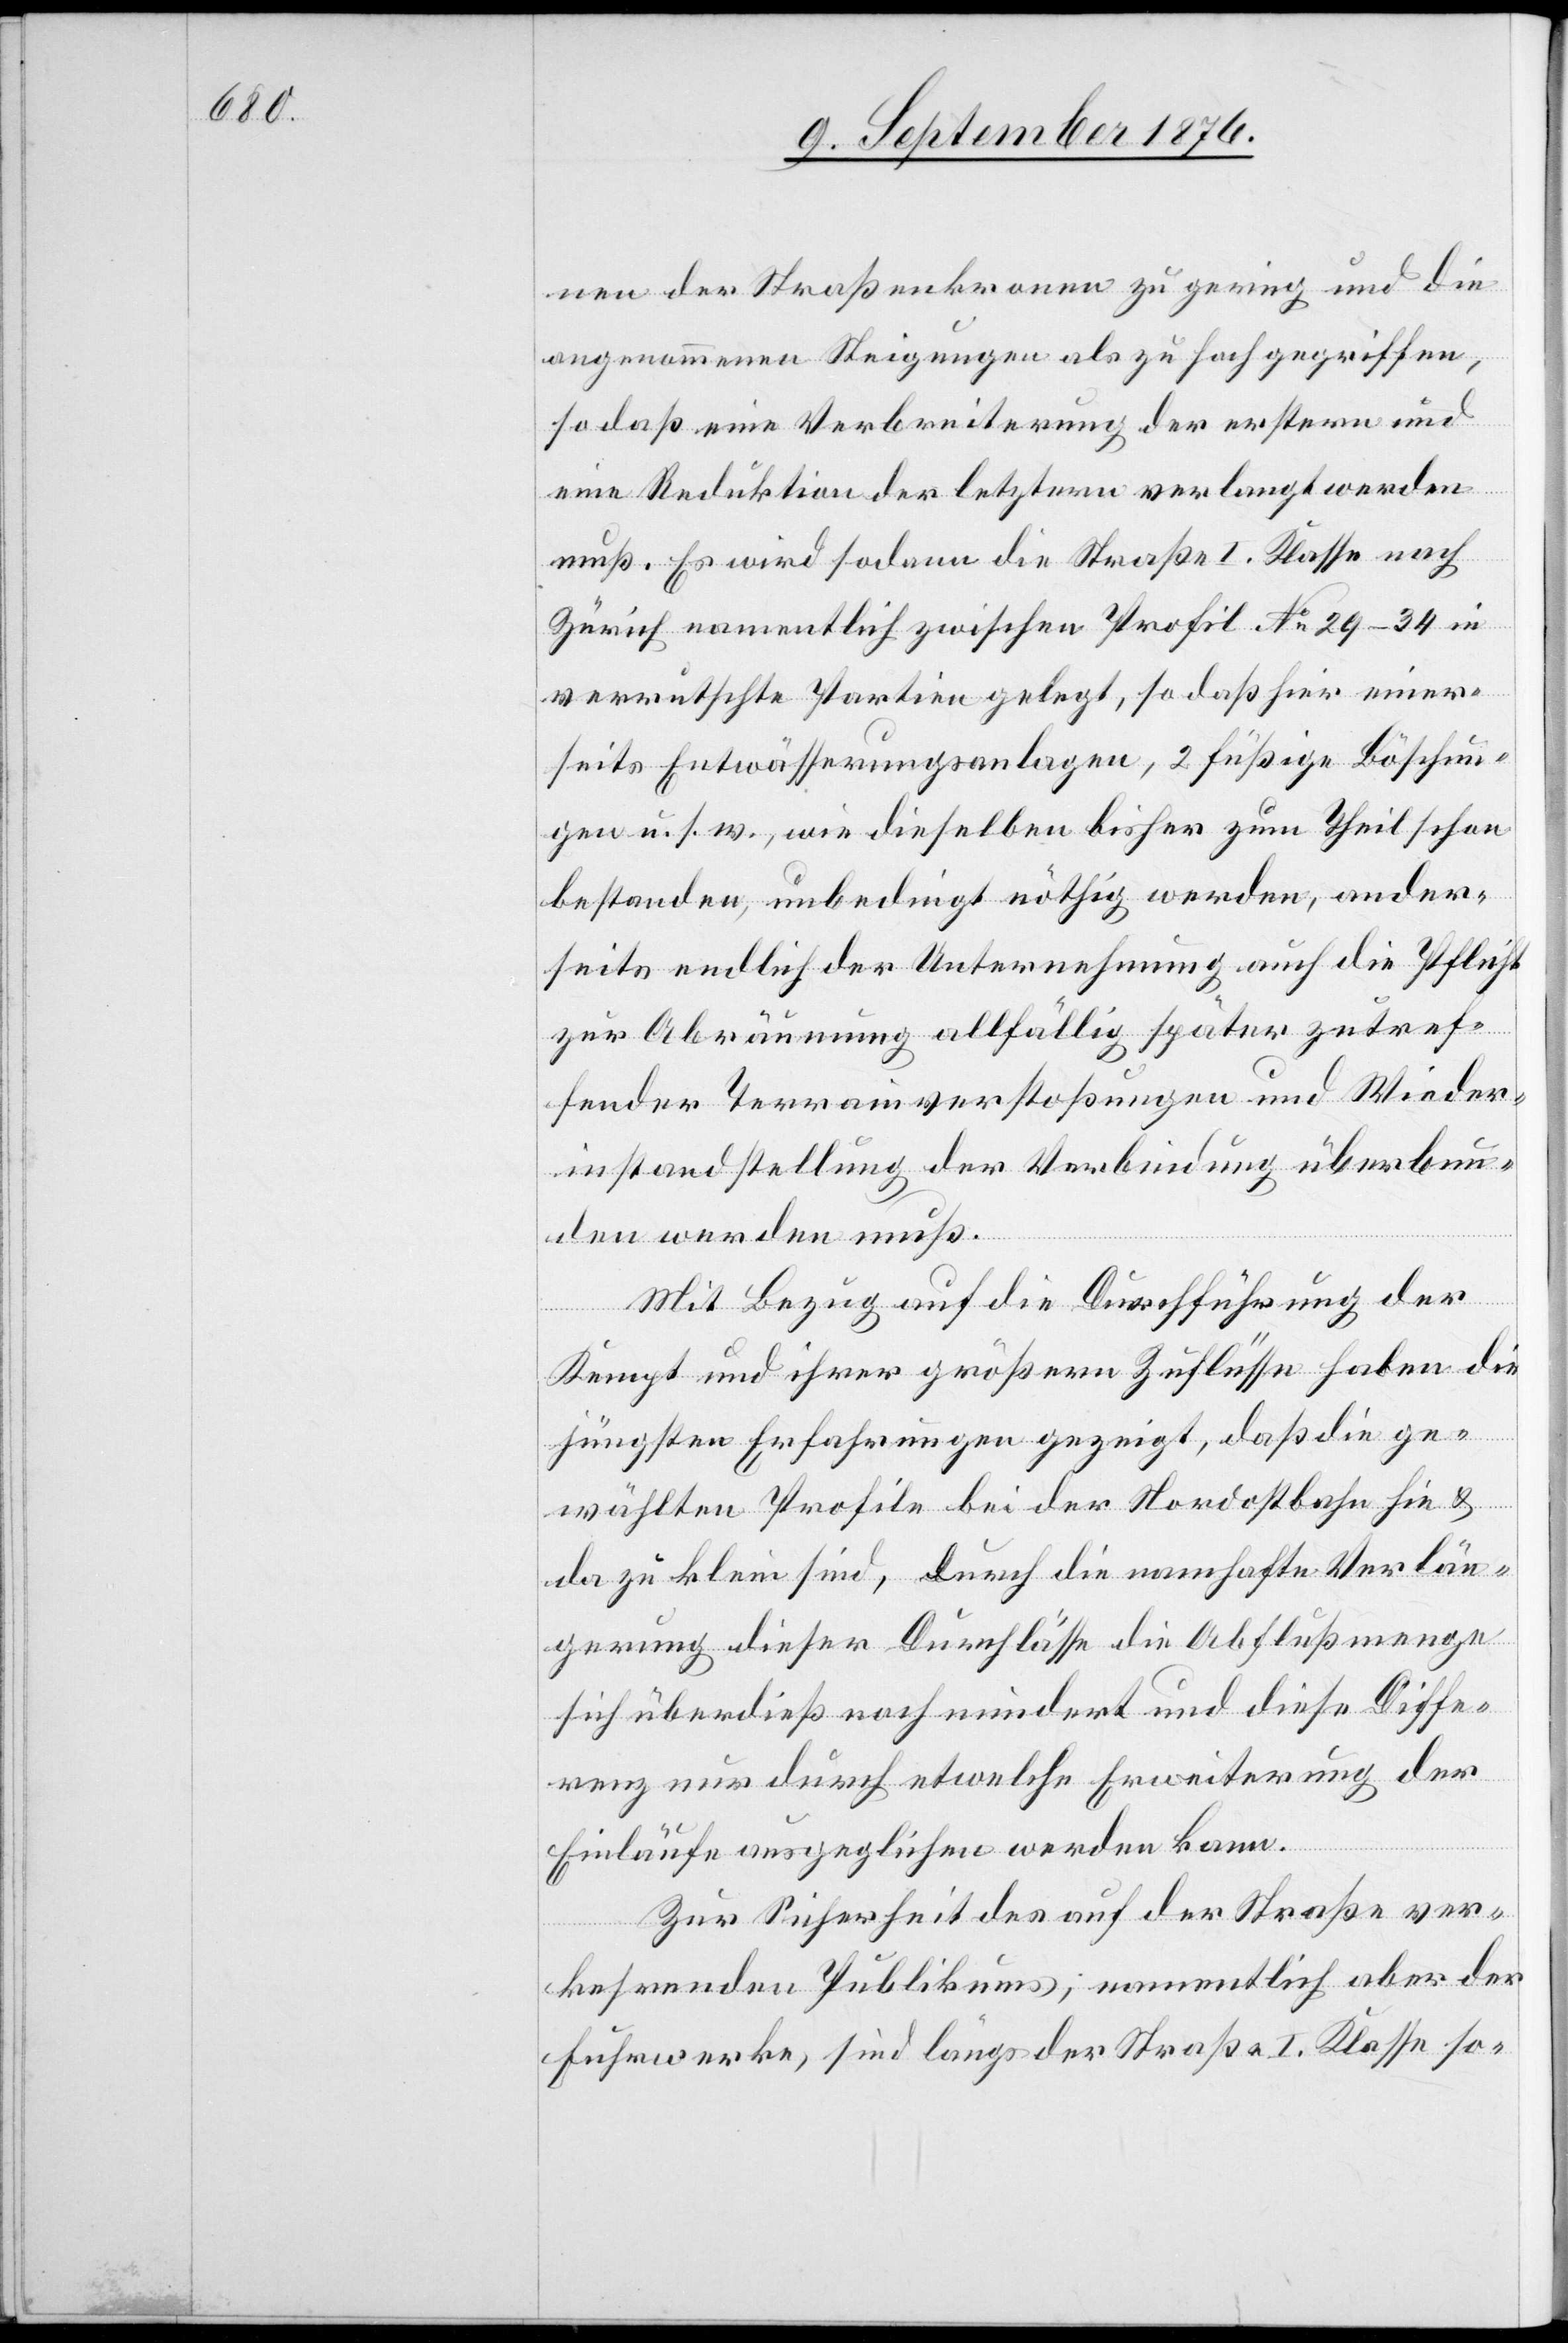
nen der Straßenkronen zu gering und die
angenommenen Steigungen als zu hoch gegriffen,
so daß eine Verbreiterung der ersten und
eine Reduktion der letztern verlangt werden
muß. Es wird sodann die Straße I. Klasse nach
Zürich namentlich zwischen Profil No 29–34 in
verrutschte Partien gelegt, so daß hier einer¬
seits Entwässerungsanlagen, 2 füßige Böschun¬
gen u. s. w., wie dieselben bisher zum Theil schon
bestanden, unbedingt nöthig werden, ander¬
seits endlich der Unternehmung auch die Pflicht
zur Abräumung allfällig später zutref¬
fender Terrainverstoßungen und Wieder¬
instandstellung der Verbindung überbun¬
den werden muß.
Mit Bezug auf die Durchführung der
Kempt und ihrer größern Zuflüsse haben die
jüngsten Erfahrungen gezeigt, daß die ge¬
wählten Profile bei der Nordostbahn hin &
da zu klein sind, durch die namhafte Verlän¬
gerung dieser Durchlässe die Abflußmenge
sich überdieß noch mindert und diese Diffe¬
renz nur durch etwelche Erweiterung der
Einläufe ausgeglichen werden kann.
Zur Sicherheit des auf der Straße ver¬
kehrenden Publikums, namentlich aber der
Fuhrwerke, sind längs der Straße I. Klasse so-